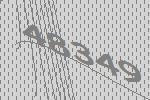
48349